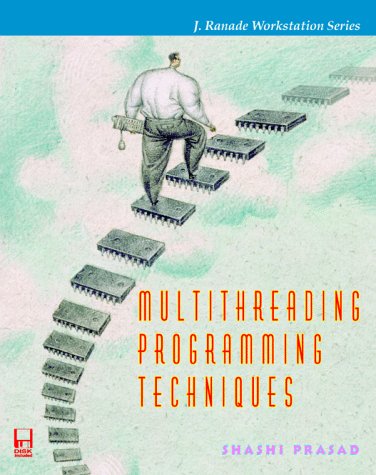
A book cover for Multithreading Programming Techniques (J. Ranade Workstation Series); Shashi Prasad; Computers & Technology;